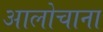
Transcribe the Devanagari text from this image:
आलोचाना